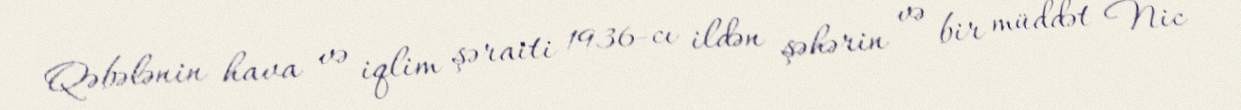
Qəbələnin hava və iqlim şəraiti 1936-cı ildən şəhərin və bir müddət Nic